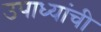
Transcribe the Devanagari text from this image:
उपाध्यांची